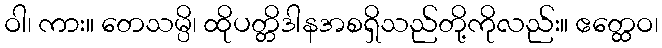
ဝါ၊ ကား။ တေသမ္ပိ၊ ထိုပတ္တိဒါနအစရှိသည်တို့ကိုလည်း။ ဧတ္ထေဝ၊